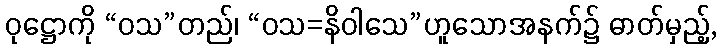
ဝုဋ္ဌောကို “ဝသ”တည်၊ “ဝသ=နိဝါသေ”ဟူသောအနက်၌ ဓာတ်မှည့်,